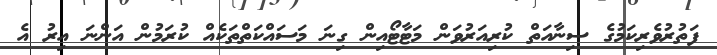
ފަތުރުވެރިކަމުގެ ސިނާއަތް ކުރިއަރުވަން މަޓާޓޯއިން ގިނަ މަސައްކަތްތަކެއް ކުރަމުން އަންނަ އިރު އެ